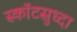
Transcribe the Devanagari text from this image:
स्कॉटसुध्दा